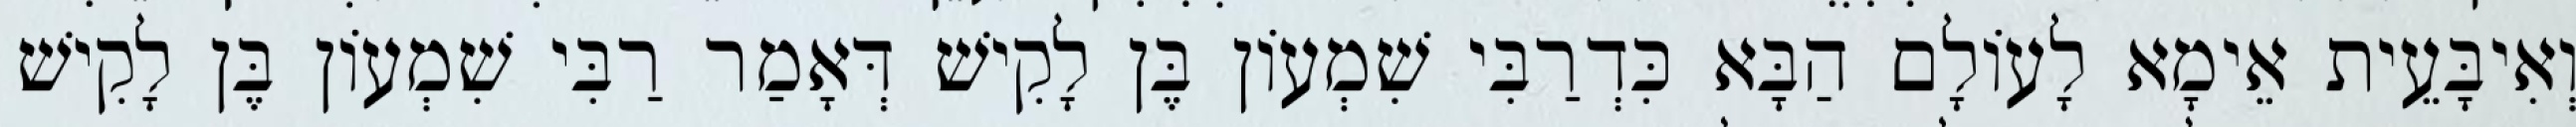
וְאִיבָּעֵית אֵימָא לָעוֹלָם הַבָּא כִּדְרַבִּי שִׁמְעוֹן בֶּן לָקִישׁ דְּאָמַר רַבִּי שִׁמְעוֹן בֶּן לָקִישׁ